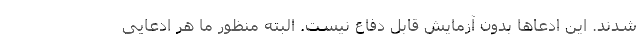
شدند. این ادعاها بدون آزمایش قابل دفاع نیست. البته منظور ما هر ادعایی